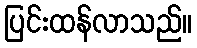
ပြင်းထန်လာသည်။